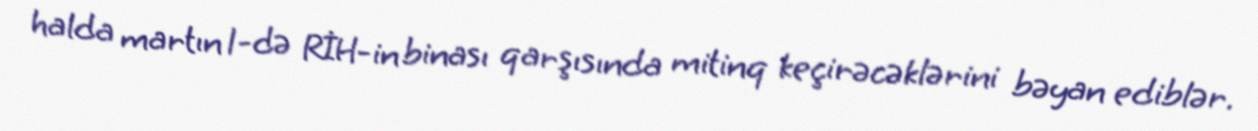
halda martın 1-də RİH-in binası qarşısında mitinq keçirəcəklərini bəyan ediblər.